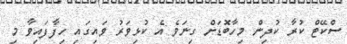
ސްކޭޓް ކުރާ ކުދިން މިހާބޮޑަށް ގިނަވެ އެ ކުޅިވަރު ވައިގައި ހިފާފައިވާ މި